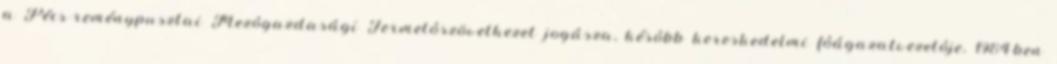
a Pécs-reménypusztai Mezôgazdasági Termelôszövetkezet jogásza, késôbb kereskedelmi fôágazatvezetôje. 1984-ben